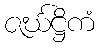
ဇင်္ဃဋ္ဌိကံ